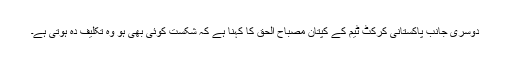
دوسری جانب پاکستانی کرکٹ ٹیم کے کپتان مصباح الحق کا کہنا ہے کہ شکست کوئی بھی ہو وہ تکلیف دہ ہوتی ہے۔